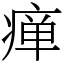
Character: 瘅